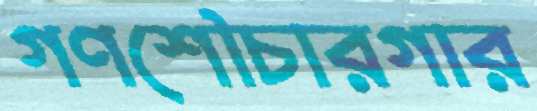
গণশৌচারগার